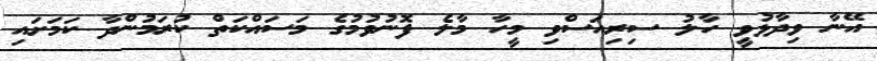
އޭނާ ވިދާޅުވީ ހާލު ސިރިއަސްވި މީހާ މާލެ ފޮނުވުމުގެ މަސައްކަތް ކުރަމުންދާ ކަމަށައި